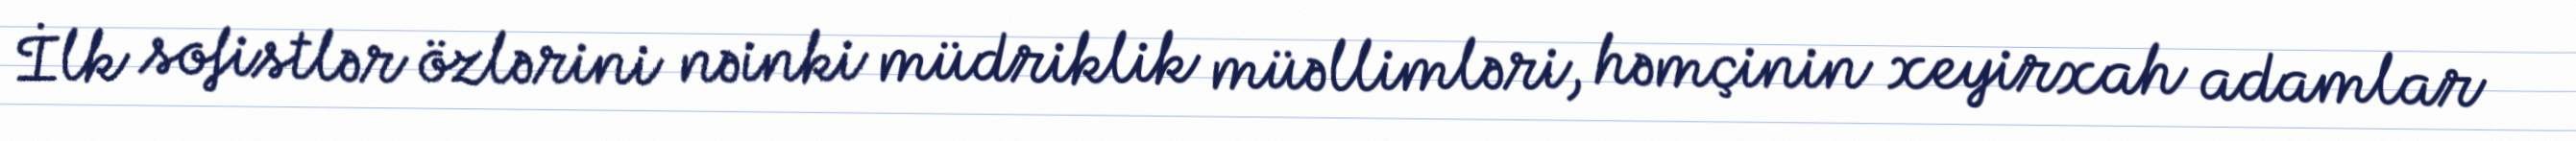
İlk sofistlər özlərini nəinki müdriklik müəllimləri, həmçinin xeyirxah adamlar